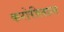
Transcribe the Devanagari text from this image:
करोरीलाल